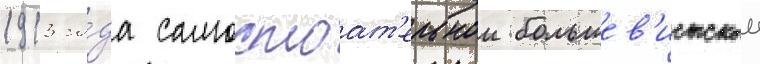
1913 го́да самостоат'ельнои большев'истскои